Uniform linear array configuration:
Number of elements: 64
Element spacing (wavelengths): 0.5
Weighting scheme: binomial
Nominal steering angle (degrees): -15
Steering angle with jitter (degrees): -15.65
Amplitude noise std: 0.05
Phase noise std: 0.05

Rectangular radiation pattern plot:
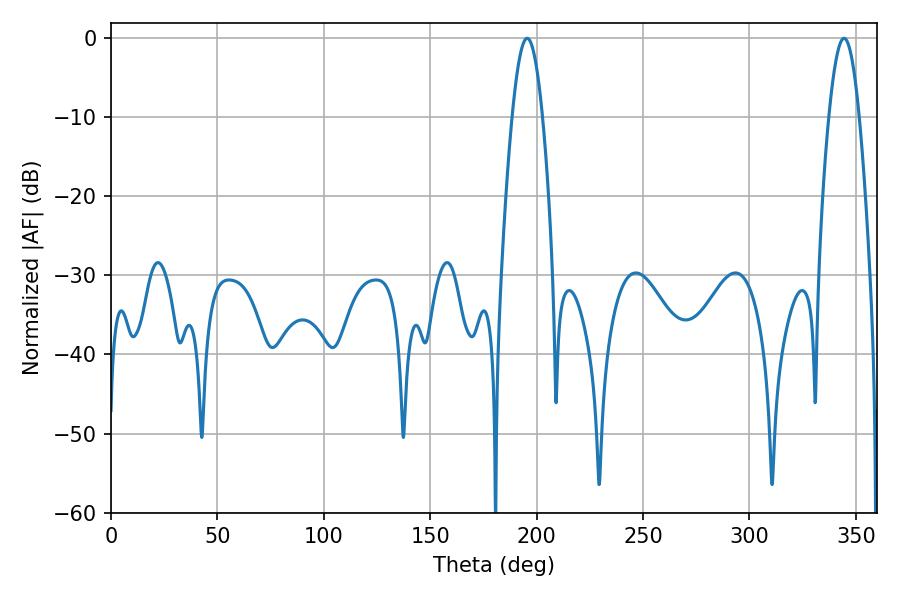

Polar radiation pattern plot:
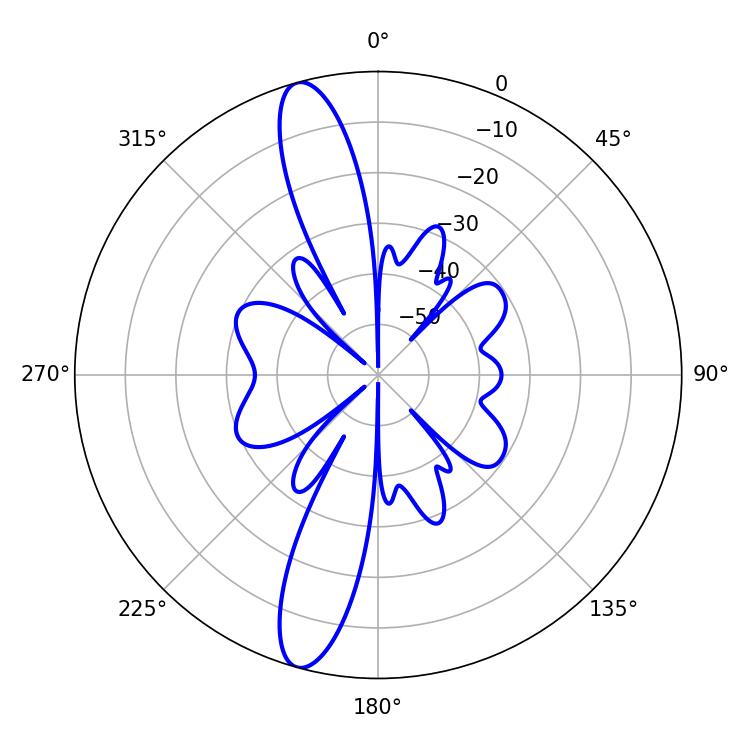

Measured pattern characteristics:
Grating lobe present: FALSE
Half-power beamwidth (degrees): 7.74
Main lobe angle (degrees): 195.48